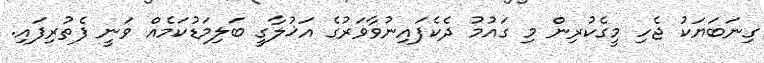
ގިނަބަޔަކު ޖެހި މީގެކުރިން މި ގައުމު ދެކެފައިނުވާވަރުގެ އަޚުލާގީ ބަލިމަޑުކަމެއް ވަނީ ފެތުރިފައި.